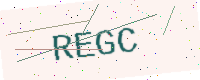
Text: REGC